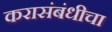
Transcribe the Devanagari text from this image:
करासंबंधीचा